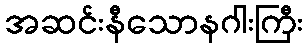
အဆင်းနီသောနဂါးကြီး